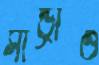
সান্ড্রাও